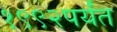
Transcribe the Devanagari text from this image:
१९९२पर्यंत